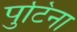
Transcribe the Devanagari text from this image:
पुटिना